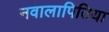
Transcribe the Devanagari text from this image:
नवालापितिया